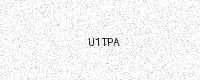
Text: U1TPA